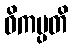
ဝိကမ္ပတိ